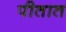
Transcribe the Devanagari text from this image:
पीतात